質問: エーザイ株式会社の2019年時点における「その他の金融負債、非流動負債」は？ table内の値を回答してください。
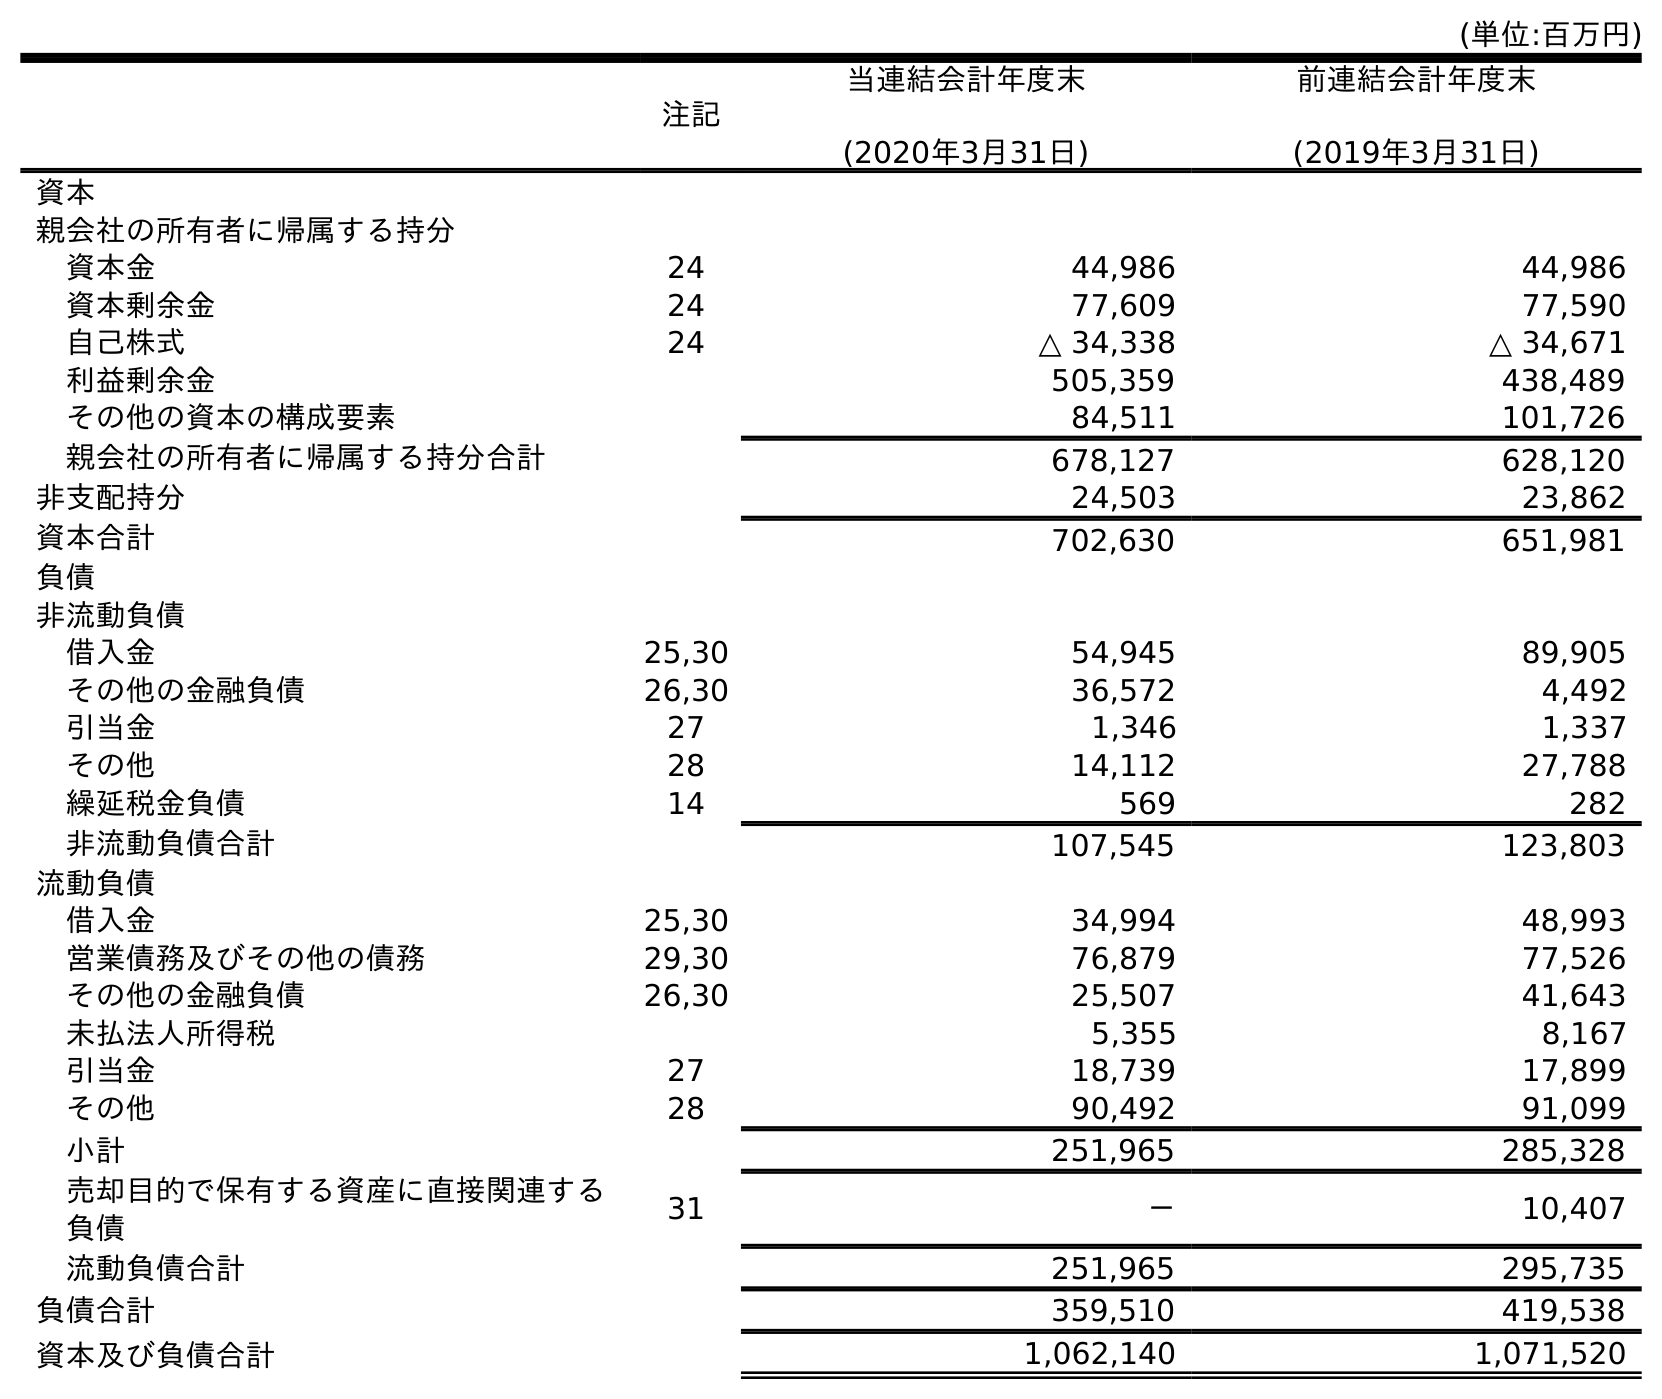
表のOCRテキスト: (単位:百万円) 注記 当連結会計年度末 (2020年3月31日) 前連結会計年度末 (2019年3月31日) 資本 親会社の所有者に帰属する持分 資本金 24 44,986 44,986 資本剰余金 24 77,609 77,590 自己株式 24 △ 34,338 △ 34,671 利益剰余金 505,359 438,489 その他の資本の構成要素 84,511 101,726 親会社の所有者に帰属する持分合計 678,127 628,120 非支配持分 24,503 23,862 資本合計 702,630 651,981 負債 非流動負債 借入金 25,30 54,945 89,905 その他の金融負債 26,30 36,572 4,492 引当金 27 1,346 1,337 その他 28 14,112 27,788 繰延税金負債 14 569 282 非流動負債合計 107,545 123,803 流動負債 借入金 25,30 34,994 48,993 営業債務及びその他の債務 29,30 76,879 77,526 その他の金融負債 26,30 25,507 41,643 未払法人所得税 5,355 8,167 引当金 27 18,739 17,899 その他 28 90,492 91,099 小計 251,965 285,328 売却目的で保有する資産に直接関連する 負債 31 － 10,407 流動負債合計 251,965 295,735 負債合計 359,510 419,538 資本及び負債合計 1,062,140 1,071,520
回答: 4,492